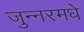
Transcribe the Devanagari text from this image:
जुन्नरमधे